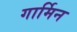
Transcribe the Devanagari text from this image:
गार्मिन